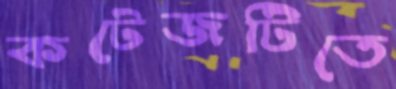
কটেজটিতে